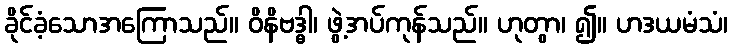
ခိုင်ခံ့သောအကြောသည်။ ဝိနိဗဒ္ဓါ၊ ဖွဲ့အပ်ကုန်သည်။ ဟုတွာ၊ ၍။ ဟဒယမံသံ၊